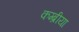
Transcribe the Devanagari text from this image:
कम्ब्रीया